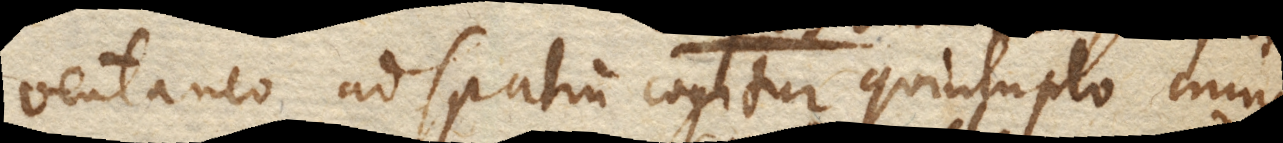
ventaneo ad spatium cogitur quintuplo minus.